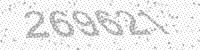
Solution: 269621